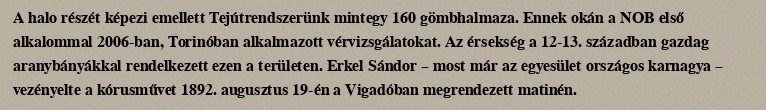
A halo részét képezi emellett Tejútrendszerünk mintegy 160 gömbhalmaza. Ennek okán a NOB első alkalommal 2006-ban, Torinóban alkalmazott vérvizsgálatokat. Az érsekség a 12-13. században gazdag aranybányákkal rendelkezett ezen a területen. Erkel Sándor – most már az egyesület országos karnagya – vezényelte a kórusművet 1892. augusztus 19-én a Vigadóban megrendezett matinén.